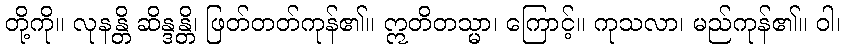
တို့ကို။ လုနန္တိ ဆိန္ဒန္တိ၊ ဖြတ်တတ်ကုန်၏။ ဣတိတသ္မာ၊ ကြောင့်။ ကုသလာ၊ မည်ကုန်၏။ ဝါ၊